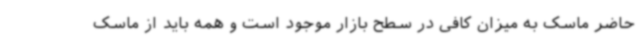
حاضر ماسک به میزان کافی در سطح بازار موجود است و همه باید از ماسک